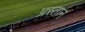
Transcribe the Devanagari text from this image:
प्रस्तान